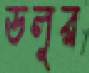
ডলুর